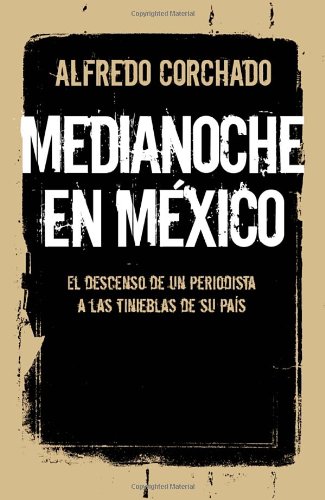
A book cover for Medianoche en MÃ©xico: El descenso de un periodista a las tinieblas de un paÃ­s (Spanish Edition); Alfredo Corchado; Biographies & Memoirs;